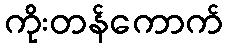
ကိုးတန်ကောက်